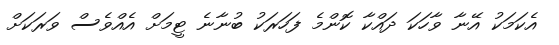
އެކަމަކު އޭނާ ވާހަކަ ދައްކާ ކޮންމެ ފަހަރަކު ބުނާނެ ޓީމަށް އެއްވެސް ވަރަކަށް